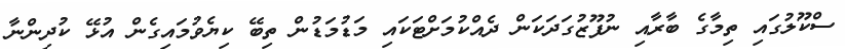
ސްކޫލުގައި ތިމާގެ ބާރާއި ނުފޫޒުގަދަކަން ދެއްކުމަށްޓަކައި މަޑުމަޑުން ތިބޭ ކިޔެވުމައިގެން އުޅޭ ކުދިންނާ